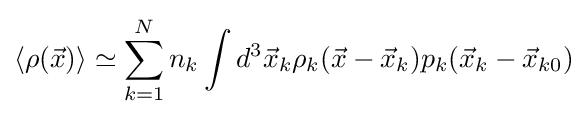
\langle \rho ({\vec {x}})\rangle \simeq \sum _{k=1}^{N}n_{k}\int d^{3}{\vec {x}}_{k}\rho _{k}({\vec {x}}-{\vec {x}}_{k})p_{k}({\vec {x}}_{k}-{\vec {x}}_{k0})